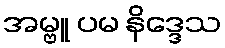
အမ္ဗူ ပမ နိဒ္ဒေသ